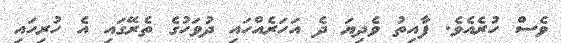
ވެސް ހުރެއެވެ. ފާއިތު ވެދިޔަ ދެ އަހަރެއްހައި ދުވަހުގެ ތެރޭގައި އެ ހުރިހައި